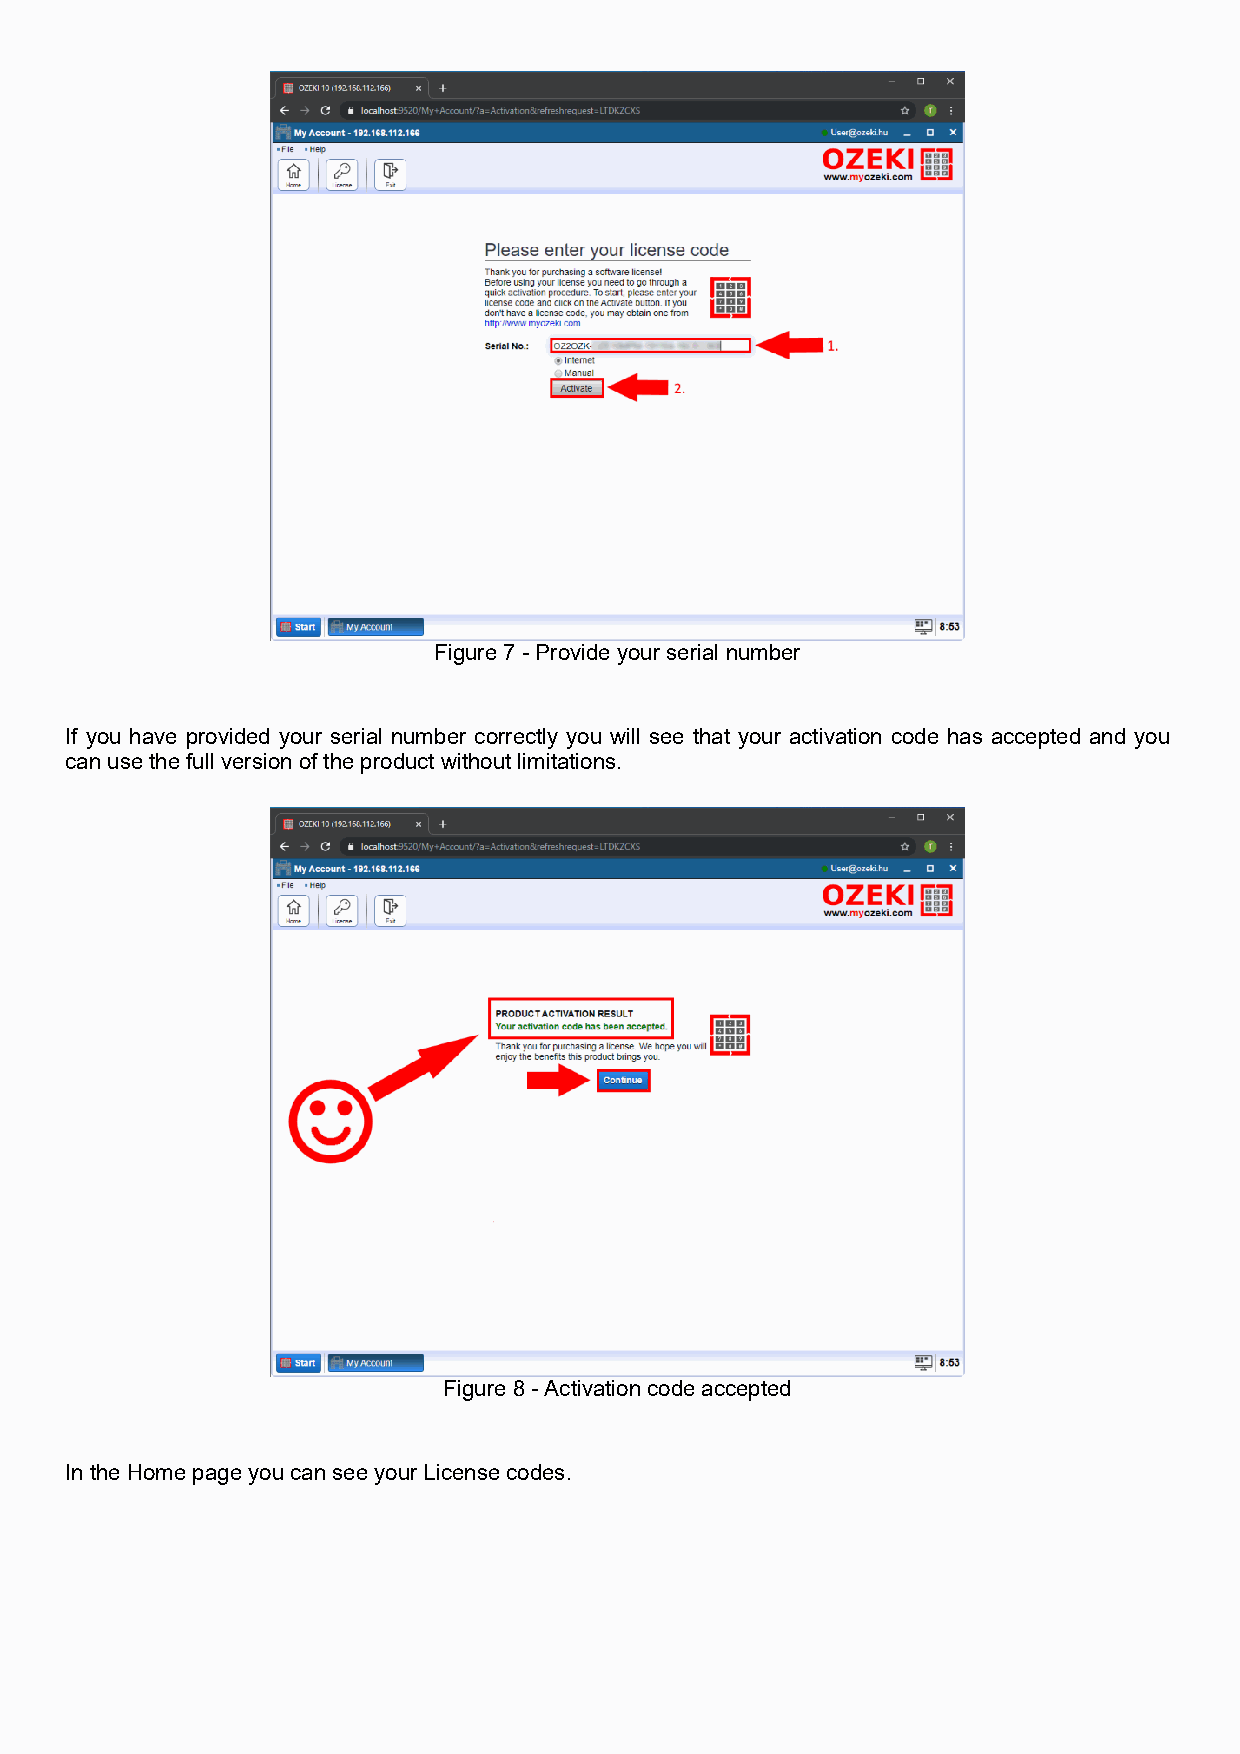
Figure 7 - Provide your serial number
 If you have provided your serial number correctly you will see that your activation code has accepted and you
 can use the full version of the product without limitations.
 Figure 8 - Activation code accepted
 In the Home page you can see your License codes.